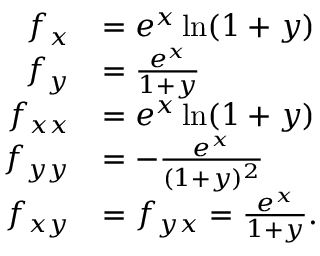
{ \begin{array} { r l } { f _ { x } } & { = e ^ { x } \ln ( 1 + y ) } \\ { f _ { y } } & { = { \frac { e ^ { x } } { 1 + y } } } \\ { f _ { x x } } & { = e ^ { x } \ln ( 1 + y ) } \\ { f _ { y y } } & { = - { \frac { e ^ { x } } { ( 1 + y ) ^ { 2 } } } } \\ { f _ { x y } } & { = f _ { y x } = { \frac { e ^ { x } } { 1 + y } } . } \end{array} }